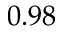
0 . 9 8